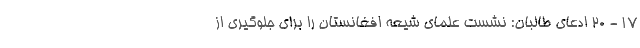
۱۷ - ۲۰ ادعای طالبان: نشست علمای شیعه افغانستان را برای جلوگیری از